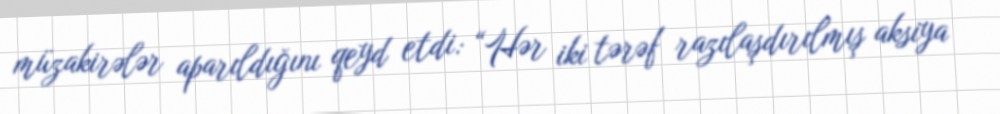
müzakirələr aparıldığını qeyd etdi: “Hər iki tərəf razılaşdırılmış aksiya